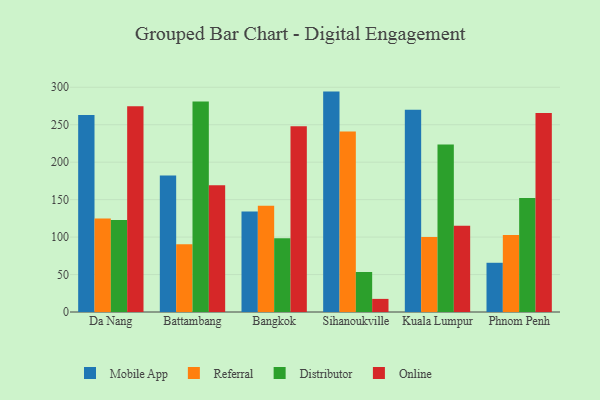
{"axis": {"x": "City", "y": "Budget (USD K)"}, "legend": ["Distributor", "Mobile App", "Online", "Referral"], "data": [{"x": "Da Nang", "y": 263.1, "type": "Mobile App"}, {"x": "Da Nang", "y": 124.9, "type": "Referral"}, {"x": "Da Nang", "y": 122.7, "type": "Distributor"}, {"x": "Da Nang", "y": 274.6, "type": "Online"}, {"x": "Battambang", "y": 182.3, "type": "Mobile App"}, {"x": "Battambang", "y": 90.6, "type": "Referral"}, {"x": "Battambang", "y": 281.1, "type": "Distributor"}, {"x": "Battambang", "y": 169.2, "type": "Online"}, {"x": "Bangkok", "y": 134.2, "type": "Mobile App"}, {"x": "Bangkok", "y": 141.7, "type": "Referral"}, {"x": "Bangkok", "y": 98.5, "type": "Distributor"}, {"x": "Bangkok", "y": 248.0, "type": "Online"}, {"x": "Sihanoukville", "y": 294.2, "type": "Mobile App"}, {"x": "Sihanoukville", "y": 240.8, "type": "Referral"}, {"x": "Sihanoukville", "y": 53.4, "type": "Distributor"}, {"x": "Sihanoukville", "y": 17.5, "type": "Online"}, {"x": "Kuala Lumpur", "y": 269.9, "type": "Mobile App"}, {"x": "Kuala Lumpur", "y": 100.2, "type": "Referral"}, {"x": "Kuala Lumpur", "y": 223.5, "type": "Distributor"}, {"x": "Kuala Lumpur", "y": 115.1, "type": "Online"}, {"x": "Phnom Penh", "y": 65.7, "type": "Mobile App"}, {"x": "Phnom Penh", "y": 102.7, "type": "Referral"}, {"x": "Phnom Penh", "y": 152.3, "type": "Distributor"}, {"x": "Phnom Penh", "y": 265.7, "type": "Online"}]}